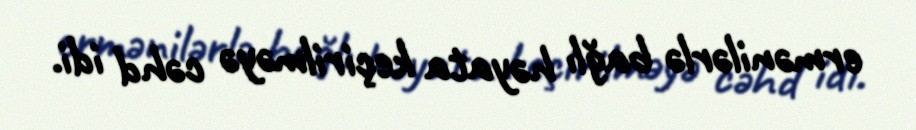
ermənilərlə bağlı həyata keçirilməyə cəhd idi.